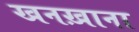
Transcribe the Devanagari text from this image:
खनख़ाना